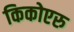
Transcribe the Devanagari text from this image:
किकोएरु